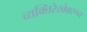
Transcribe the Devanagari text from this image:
व्यक्तिरेखेवरून